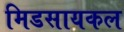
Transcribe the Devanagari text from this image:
मिडसायकल